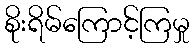
စိုးရိမ်ကြောင့်ကြမှု